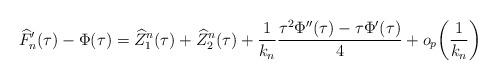
LaTeX: \begin{align*} \widehat{F}'_n(\tau)-\Phi(\tau) =\widehat{Z}_1^n(\tau)+\widehat {Z}_2^n(\tau)+\frac{1}{k_n} \frac{\tau^2\Phi''(\tau)-\tau\Phi'(\tau)}{4}+o_p \biggl(\frac{1}{k_n} \biggr)\end{align*}